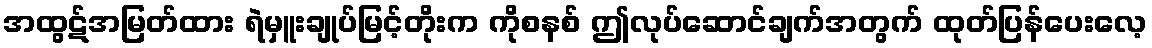
အထွဋ်အမြတ်ထား ရဲမှူးချုပ်မြင့်တိုးက ကိုစနစ် ဤလုပ်ဆောင်ချက်အတွက် ထုတ်ပြန်ပေးလေ့